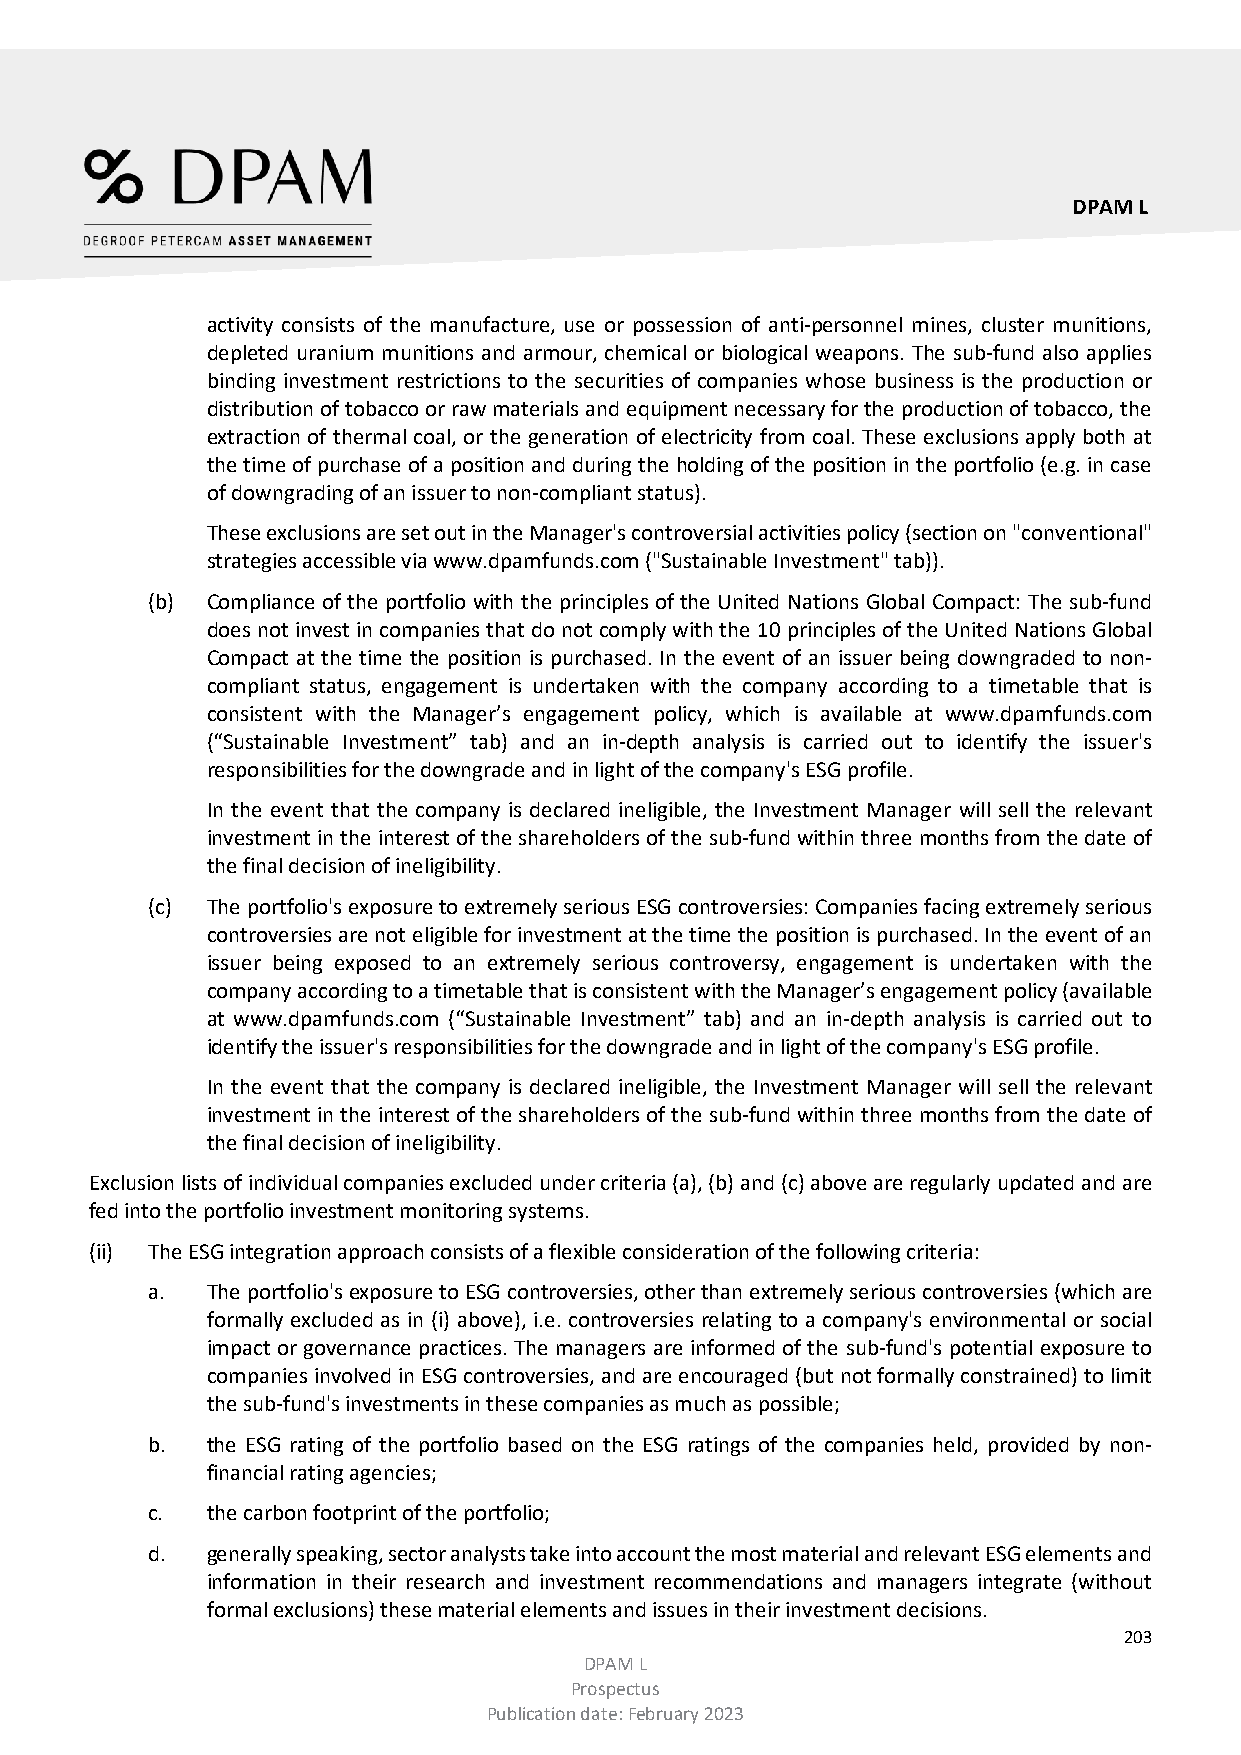
DPAM L
 activity consists of the manufacture, use or possession of anti-personnel mines, cluster munitions,
 depleted uranium munitions and armour, chemical or biological weapons. The sub-fund also applies
 binding investment restrictions to the securities of companies whose business is the production or
 distribution of tobacco or raw materials and equipment necessary for the production of tobacco, the
 extraction of thermal coal, or the generation of electricity from coal. These exclusions apply both at
 the time of purchase of a position and during the holding of the position in the portfolio (e.g. in case
 of downgrading of an issuer to non-compliant status).
 These exclusions are set out in the Manager's controversial activities policy (section on "conventional"
 strategies accessible via www.dpamfunds.com ("Sustainable Investment" tab)).
 (b) Compliance of the portfolio with the principles of the United Nations Global Compact: The sub-fund
 does not invest in companies that do not comply with the 10 principles of the United Nations Global
 Compact at the time the position is purchased. In the event of an issuer being downgraded to non-
 compliant status, engagement is undertaken with the company according to a timetable that is
 consistent with the Manager’s engagement policy, which is available at www.dpamfunds.com
 (“Sustainable Investment” tab) and an in-depth analysis is carried out to identify the issuer's
 responsibilities for the downgrade and in light of the company's ESG profile.
 In the event that the company is declared ineligible, the Investment Manager will sell the relevant
 investment in the interest of the shareholders of the sub-fund within three months from the date of
 the final decision of ineligibility.
 (c) The portfolio's exposure to extremely serious ESG controversies: Companies facing extremely serious
 controversies are not eligible for investment at the time the position is purchased. In the event of an
 issuer being exposed to an extremely serious controversy, engagement is undertaken with the
 company according to a timetable that is consistent with the Manager’s engagement policy (available
 at www.dpamfunds.com (“Sustainable Investment” tab) and an in-depth analysis is carried out to
 identify the issuer's responsibilities for the downgrade and in light of the company's ESG profile.
 In the event that the company is declared ineligible, the Investment Manager will sell the relevant
 investment in the interest of the shareholders of the sub-fund within three months from the date of
 the final decision of ineligibility.
 Exclusion lists of individual companies excluded under criteria (a), (b) and (c) above are regularly updated and are
 fed into the portfolio investment monitoring systems.
 (ii) The ESG integration approach consists of a flexible consideration of the following criteria:
 a.  The portfolio's exposure to ESG controversies, other than extremely serious controversies (which are
 formally excluded as in (i) above), i.e. controversies relating to a company's environmental or social
 impact or governance practices. The managers are informed of the sub-fund's potential exposure to
 companies involved in ESG controversies, and are encouraged (but not formally constrained) to limit
 the sub-fund's investments in these companies as much as possible;
 b.  the ESG rating of the portfolio based on the ESG ratings of the companies held, provided by non-
 financial rating agencies;
 c.  the carbon footprint of the portfolio;
 d.  generally speaking, sector analysts take into account the most material and relevant ESG elements and
 information in their research and investment recommendations and managers integrate (without
 formal exclusions) these material elements and issues in their investment decisions.
 203
 DPAM L
 Prospectus
 Publication date: February 2023